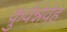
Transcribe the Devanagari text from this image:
कुर्वन्नेवेह